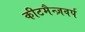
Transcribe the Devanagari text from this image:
कीटमैन्ज़वर्प